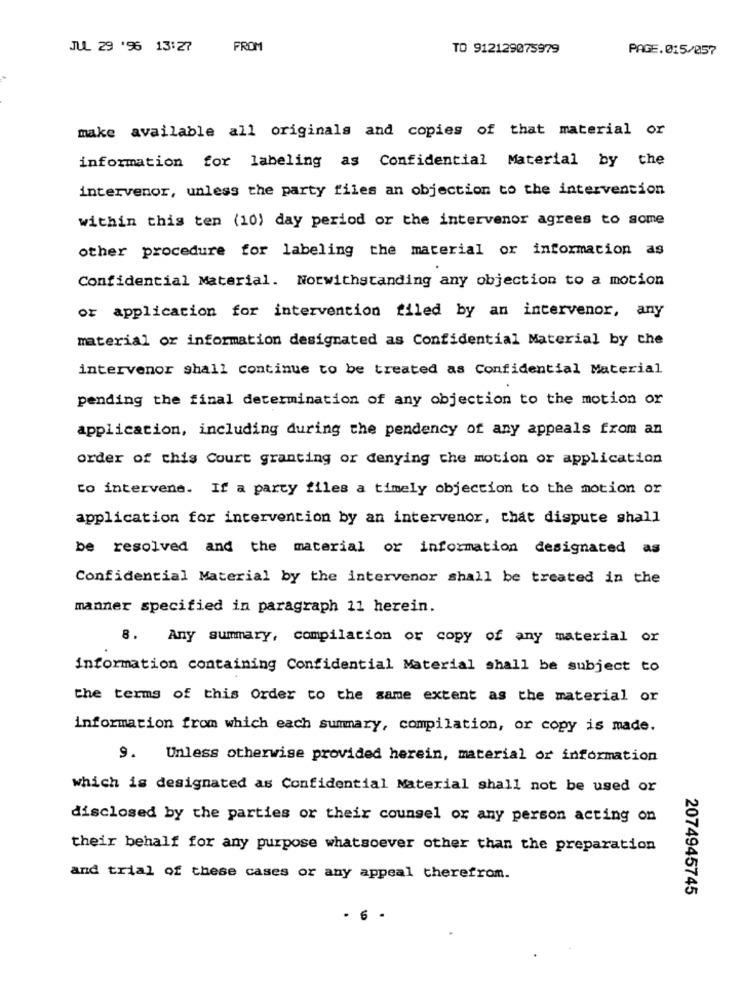
JUL 29 '96 13:27
FROM
TO 912129075979
PAGE.015/057
make available all originals and copies of that material or
information for labeling as Confidential Material by the
intervenor, unless the party files an objection to the intervention
within this ten (10) day period or the intervenor agrees to some
other procedure for labeling the material or information as
Confidential Material. Notwithstanding any objection to a motion
or application for intervention filed by an intervenor, any
material or information designated as Confidential Material by che
intervenor shall continue to be treated as Confidential Material
pending the final determination of any objection to the motion or
application, including during the pendency of any appeals from an
order of this Court granting or denying che motion or application
to intervene. If a party files a timely objection to the motion or
application for intervention by an intervenor, that dispute shall
be resolved and the material or information designated as
Confidencial Material by the intervenor shall be treated in the
manner specified in paragraph 11 herein.
8. Any summary, compilation or copy of any material or
information containing Confidential Material shall be subject to
the terms of this Order to the same extent as the material or
information from which each summary, compilation, or copy is made.
9. Unless otherwise provided herein, material or information
which is designated as Confidential Material shall not be used or
disclosed by the parties or their counsel or any person acting on
their behalf for any purpose whatsoever other than the preparation
and trial of these cases or any appeal therefrom.
2074945745
6 .